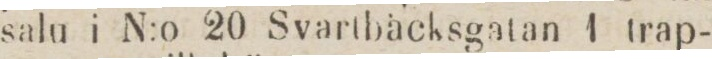
salu i N:o 20 Svartbäcksgatan 1 trap-